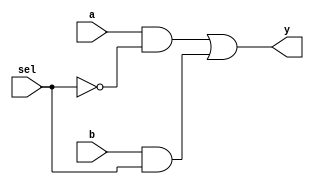
`timescale 1ns / 1ps

module mux_2x1(
    input a, b, sel, 
    output y);
    assign y = (a & ~sel) | (b & sel);
endmodule
                    
module nor_using_mux(
    input a, b, 
    output y);
    mux_2x1 m1(~b,1'b0,a,y);
endmodule